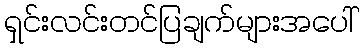
ရှင်းလင်းတင်ပြချက်များအပေါ်